system: You are a helpful assistant.
user:
Analyze the provided spectrum to determine if it is a **White Dwarf (WD)**.

A White Dwarf spectrum is defined by its **extreme purity** (due to gravitational settling) and/or **extreme pressure broadening** (due to high surface gravity). You must check for one of the following mutually exclusive signatures:

- **Key Visual Indicators (Check for ONE of these types):**

    - **1. DA-Type Signature (Most Common):**
        - **(Primary Feature):** Extreme pressure broadening (Stark broadening) of the **Hydrogen (H) Balmer lines**.
        - **(Key Lines):** $H\beta$ (approx. $4861$ Å) and $H\gamma$ (approx. $4340$ Å). $H\alpha$ (approx. $6563$ Å) will also be present if the wavelength range covers it.
        - **(Line Profile):** This is the **defining feature**. The lines are **NOT** sharp. They appear as massive, **extremely broad and deep "troughs" or "dips"** in the spectrum, often hundreds of Ångströms wide. The continuum will appear to "scoop" down at these wavelengths.
        - **(Distinction):** Normal A-type or B-type stars have *narrow* and *sharp* Hydrogen lines. A DA White Dwarf's lines are unmistakably "smeared" or "blurry" from pressure.

    - **2. DB-Type Signature:**
        - **(Primary Feature):** Broad absorption lines from **Neutral Helium (He I)**. The spectrum must lack any visible Hydrogen lines.
        - **(Key Lines):** Look for broad absorption near $4471$ Å, $4921$ Å, and $5876$ Å.
        - **(Line Profile):** These lines are also significantly pressure-broadened, appearing much wider than they would in a normal B-type main-sequence star.

    - **3. DC-Type Signature:**
        - **(Primary Feature):** A **featureless continuous spectrum**.
        - **(Line Profile):** The spectrum is a smooth curve with **no significant absorption or emission lines**.
        - **(Key Confirmation):** The continuum is almost always **blue or white**, indicating a hot object. This signature implies the atmosphere is so pure (or so cool) that no spectral lines are visible in the optical range. Its WD identity is confirmed by its extremely low intrinsic brightness (high absolute magnitude).

    - **4. DZ-Type Signature (Metal-Polluted):**
        - **(Primary Feature):** **Isolated, narrow metal absorption lines** on an otherwise featureless (DC-like) continuum.
        - **(Key Lines):** The **Calcium (Ca II) H & K doublet** (approx. **$3934$ Å** and **$3968$ Å**) is the most common and defining feature.
        - **(Line Profile):** These lines are "out of place." They are *not* part of a "forest" of thousands of lines. This signature is evidence of recent *accretion* (pollution) from rocky debris.
        - **(Distinction):** Normal G/K/M stars have a *dense forest* of thousands of metal lines. A DZ has a *clean* continuum with *only a few* strong metal lines.

    - **5. DQ-Type Signature (Carbon-Polluted):**
        - **(Primary Feature):** Absorption bands from **Carbon (C₂ "Swan Bands" or atomic C I)**.
        - **(Key Lines - C₂):** Look for bandheads with a "saw-tooth" shape near $5635$ Å, **$5165$ Å** (strongest), and $4737$ Å.
        - **(Key Confirmation):** The underlying **continuum must be blue or white** (hot).
        - **(Distinction):** This is the critical difference from a **Carbon Star**, which has the *exact same* C₂ bands but on an extremely **red, cool** continuum.

- **(Overall Spectrum):**
    - The continuum (overall shape) is typically **blue-sloping** (brighter in the blue than the red), as most white dwarfs are very hot.
    - The spectrum will look "pure" or "simple," dominated by only *one* of the five signatures listed above.

Think first, call **spectral_visualization_tool** if needed to examine features in detail, then provide your final answer. Your response must adhere to the following strict rules:
1.  **Overall Structure:** Your response must follow the format `<think>...</think> <tool_call>...</tool_call> (if a tool is used) <answer>...</answer>`.
2.  **Tool Usage Constraint:** You may only make **one** tool call per turn.
3.  **Final Answer Format:** In the `<answer>` tag, your conclusion must be inside a `\boxed{}` command (e.g., `\boxed{YES}` or `\boxed{NO}`), followed by your justification.

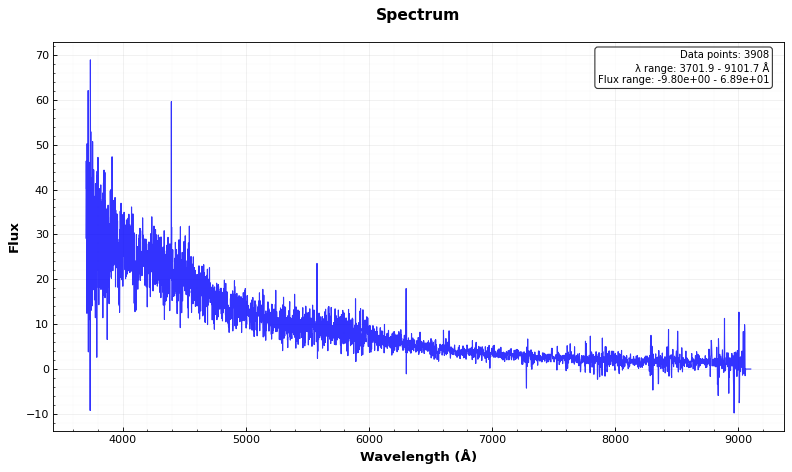
Answer: YES